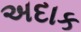
અદાક